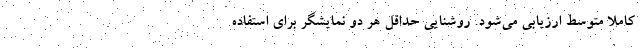
کاملا متوسط ارزیابی می‌شود. روشنایی حداقل هر دو نمایشگر برای استفاده‌